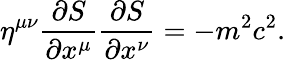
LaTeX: \eta^{\mu\nu}{\frac{\partial S}{\partial x^{\mu}}}{\frac{\partial S}{\partial x^{\nu}}}=-m^{2}c^{2}.